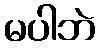
မပါဘဲ